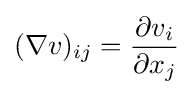
(\nabla v)_{ij}={\frac {\partial v_{i}}{\partial x_{j}}}